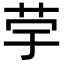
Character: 𦭨